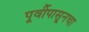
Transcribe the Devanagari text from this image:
पूर्वीपासूनचा